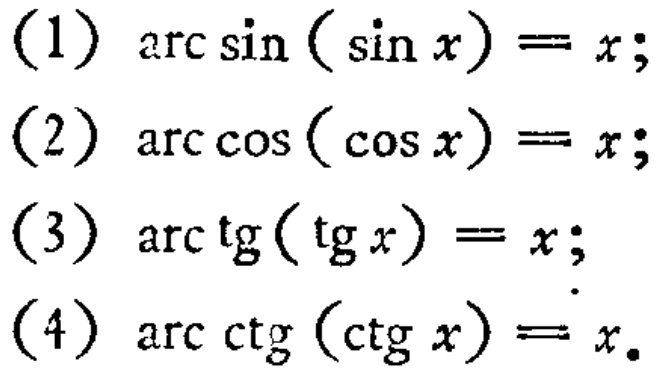
(1) \(\arcsin(\sin x)=x\);
(2) \(\arccos(\cos x)=x\);
(3) \(\mathrm{arctg}(\mathrm{tg} x)=x\);
(4) \(\mathrm{arcctg}(\mathrm{ctg} x)=x\).